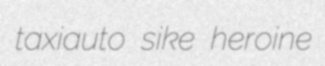
taxiauto sike heroine